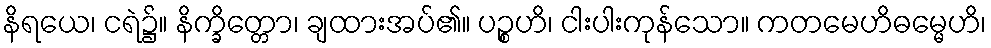
နိရယေ၊ ငရဲ၌။ နိက္ခိတ္တော၊ ချထားအပ်၏။ ပဉ္စဟိ၊ ငါးပါးကုန်သော။ ကတမေဟိဓမ္မေဟိ၊